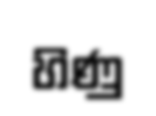
හිණු